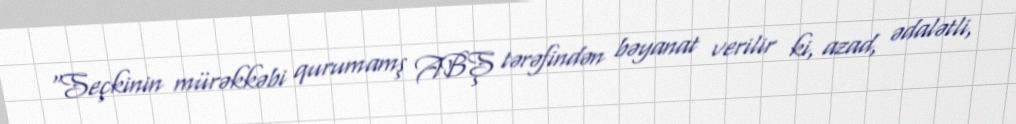
“Seçkinin mürəkkəbi qurumamş ABŞ tərəfindən bəyanat verilir ki, azad, ədalətli,